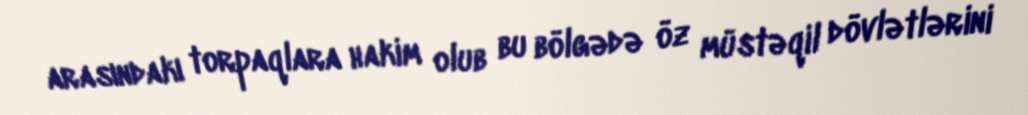
arasındakı torpaqlara hakim olub bu bölgədə öz müstəqil dövlətlərini